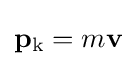
\mathbf {p} _{\mathrm {k} }=m\mathbf {v} \,\!